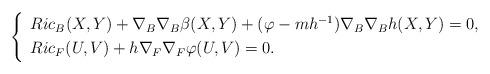
LaTeX: \begin{align*}\left\{ \begin{array}[pos]{l}Ric_B(X,Y)+\nabla_{B}\nabla_{B}\beta(X,Y)+(\varphi-mh^{-1})\nabla_{B}\nabla_{B}h(X,Y)=0,\\\noalign{\smallskip}Ric_F(U,V)+h\nabla_{F}\nabla_{F}\varphi(U,V)=0.\end{array}\right.\end{align*}